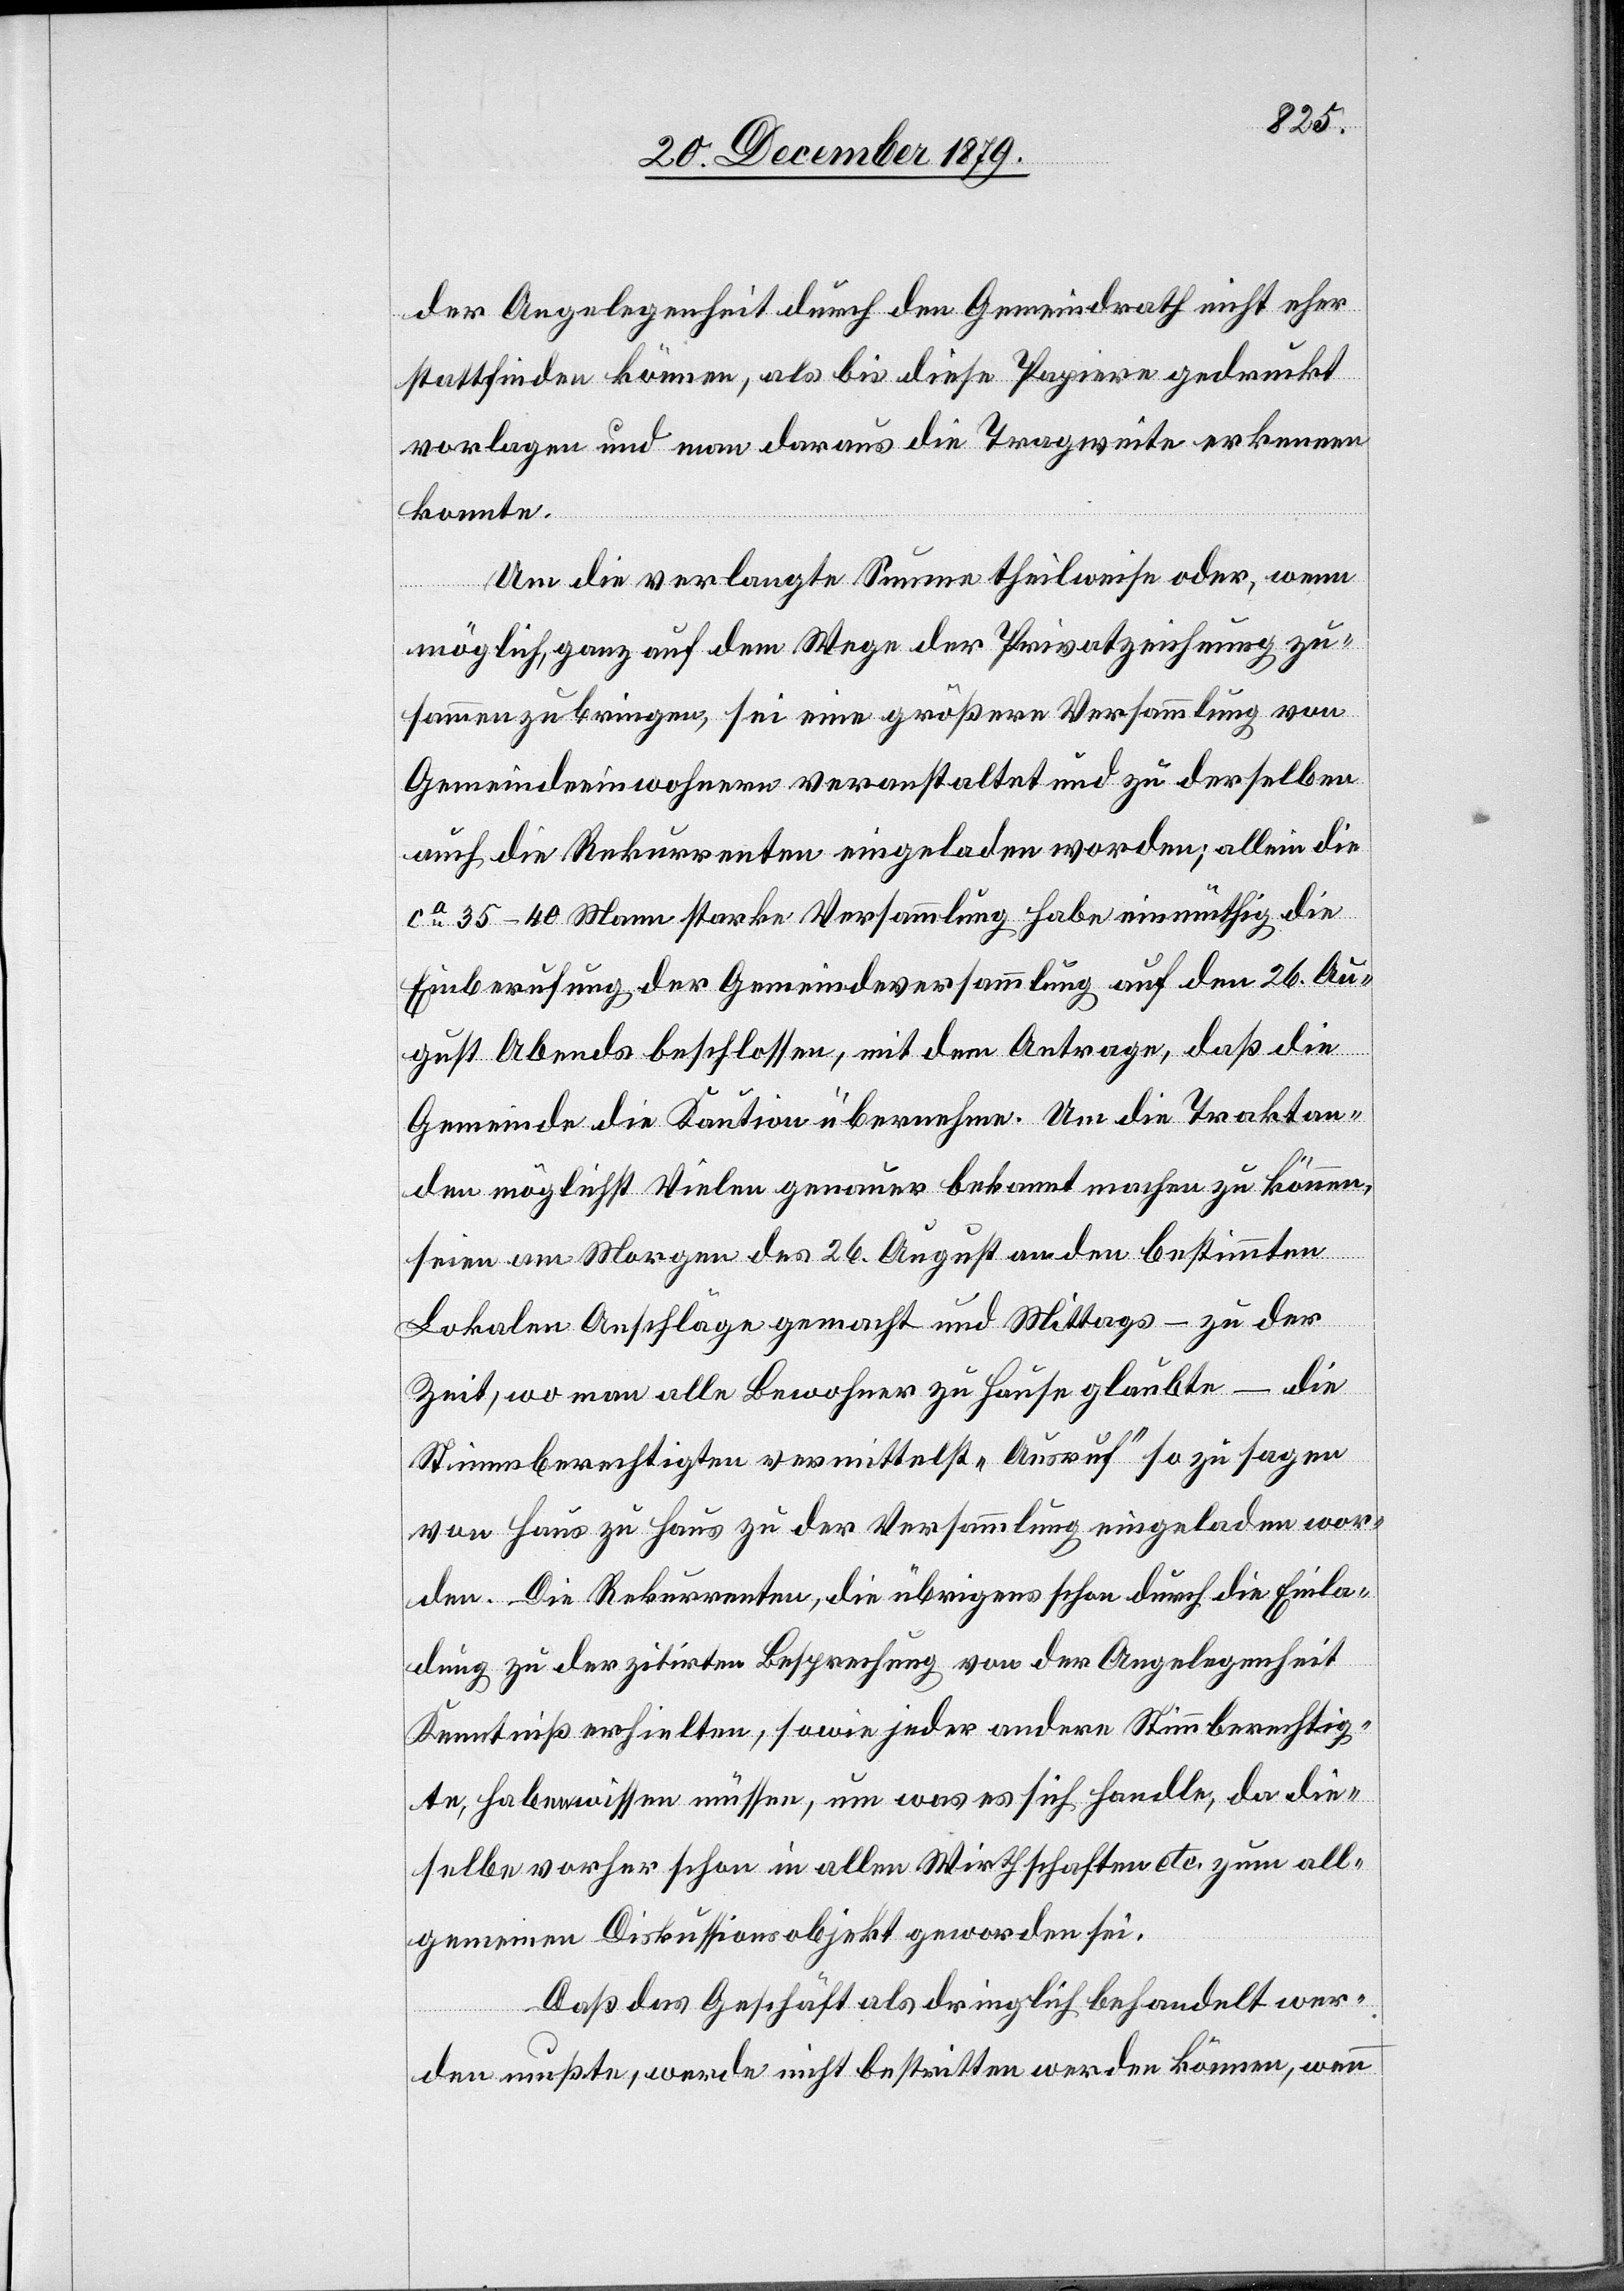
der Angelegenheit durch den Gemeindrath nicht eher
stattfinden können, als bis diese Papiere gedruckt
vorlagen und man daraus die Tragweite erkennen
konnte.
Um die verlangte Summe theilweise oder, wenn
möglich, ganz auf dem Wege der Privatzeichnung zu¬
sammenzubringen, sei eine größere Versammlung von
Gemeindeeinwohnern veranstaltet und zu derselben
auch die Rekurrenten eingeladen worden; allein die
ca 35–40 Mann starke Versammlung habe einmüthig die
Einberufung der Gemeindeversammlung auf den 26. Au¬
gust Abends beschlossen, mit dem Antrage, daß die
Gemeinde die Kaution übernehme. Um die Traktan¬
den möglichst Vielen genauer bekannt machen zu können,
seien am Morgen des 26. Augst an den bestimmten
Lokalen Anschläge gemacht und Mittags – zu der
Zeit, wo man alle Bewohner zu Hause glaubte – die
Stimmberechtigten vermittelst „Ausruf“ so zu sagen
von Haus zu Haus zu der Versammlung eingeladen wor¬
den. Die Rekurrenten, die übrigens schon durch die Einla¬
dung zu der zitirten Besprechung von der Angelegenheit
Kenntniß erhielten, sowie jeder andere Stimmberechtig¬
te, habe wissen müssen, um was es sich handle, da die¬
selbe vorher schon in allen Wirthschaften etc. zum all¬
gemeinen Diskussionsobjekt geworden sei.
Daß das Geschäft als dringlich behandelt wer¬
den mußte, werde nicht bestritten werden können, wenn